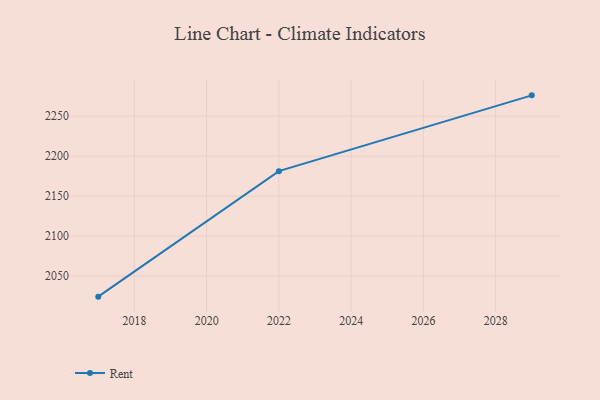
{"axis": {"x": "Year", "y": "Shipments"}, "legend": ["Rent"], "data": [{"x": "2017", "y": 2024.3, "type": "Rent"}, {"x": "2022", "y": 2181.3, "type": "Rent"}, {"x": "2029", "y": 2276.1, "type": "Rent"}]}